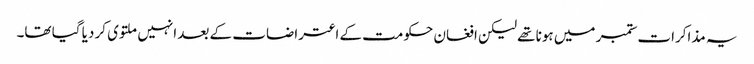
یہ مذاکرات ستمبر میں ہونا تھے لیکن افغان حکومت کے اعتراضات کے بعد انہیں ملتوی کر دیا گیا تھا۔